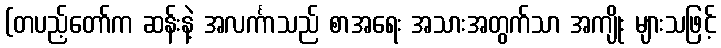
(တပည့်တော်က ဆန်းနဲ့ အလင်္ကာသည် စာအရေး အသားအတွက်သာ အကျိုး များသဖြင့်